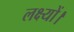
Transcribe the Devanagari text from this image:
लक्ष्यों।